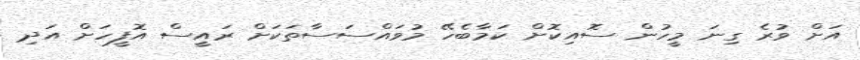
އަށް ވުރެ ގިނަ މީހުން ސޮއިކޮށް ކަމާބެހޭ މުވައްސަސާތަކަށް ރައީސް އޮފީހަށް އަދި